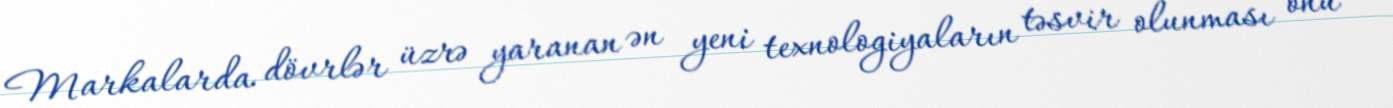
Markalarda dövrlər üzrə yaranan ən yeni texnologiyaların təsvir olunması onu